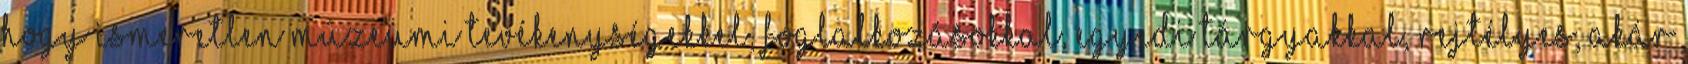
hogy ismeretlen múzeumi tevékenységekkel, foglalkozásokkal, egyedi tárgyakkal, rejtélyes, akár